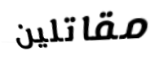
مقاتلين